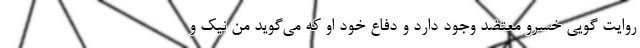
روایت گویی خسرو معتضد وجود دارد و دفاع خود او که می‌گوید من نیک و